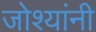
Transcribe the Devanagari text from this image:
जोश्यांनी